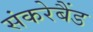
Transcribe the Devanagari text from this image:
संकरेबैंड